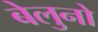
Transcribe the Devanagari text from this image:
बेलुनो